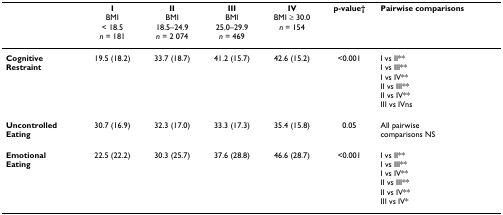
<table><thead><tr><td></td><td><b>IBMI&lt; 18.5<i>n </i>= 181</b></td><td><b>IIBMI18.5–24.9<i>n </i>= 2 074</b></td><td><b>IIIBMI25.0–29.9<i>n </i>= 469</b></td><td><b>IVBMI ≥ 30.0<i>n </i>= 154</b></td><td><b>p-value†</b></td><td><b>Pairwise comparisons</b></td></tr></thead><tbody><tr><td><b>Cognitive</b><b>Restraint</b></td><td>19.5 (18.2)</td><td>33.7 (18.7)</td><td>41.2 (15.7)</td><td>42.6 (15.2)</td><td>&lt;0.001</td><td>I vs II**I vs III**I vs IV**II vs III**II vs IV**III vs IVns</td></tr><tr><td><b>Uncontrolled</b><b>Eating</b></td><td>30.7 (16.9)</td><td>32.3 (17.0)</td><td>33.3 (17.3)</td><td>35.4 (15.8)</td><td>0.05</td><td>All pairwisecomparisons NS</td></tr><tr><td><b>Emotional</b><b>Eating</b></td><td>22.5 (22.2)</td><td>30.3 (25.7)</td><td>37.6 (28.8)</td><td>46.6 (28.7)</td><td>&lt;0.001</td><td>I vs II**I vs III**I vs IV**II vs III**II vs IV**III vs IV*</td></tr></tbody></table>